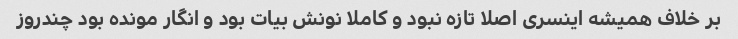
بر خلاف همیشه اینسری اصلا تازه نبود و کاملا نونش بیات بود و انگار مونده بود چندروز